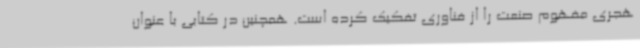
هجری مفهوم صنعت را از فناوری تفکیک کرده است. همچنین در کتابی با عنوان